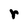
Character: r